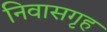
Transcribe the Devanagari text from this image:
निवासगृह